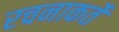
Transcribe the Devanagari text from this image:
रचनाकर्ते